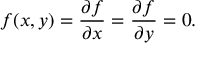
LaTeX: f ( x , y ) = { \frac { \partial f } { \partial x } } = { \frac { \partial f } { \partial y } } = 0 .